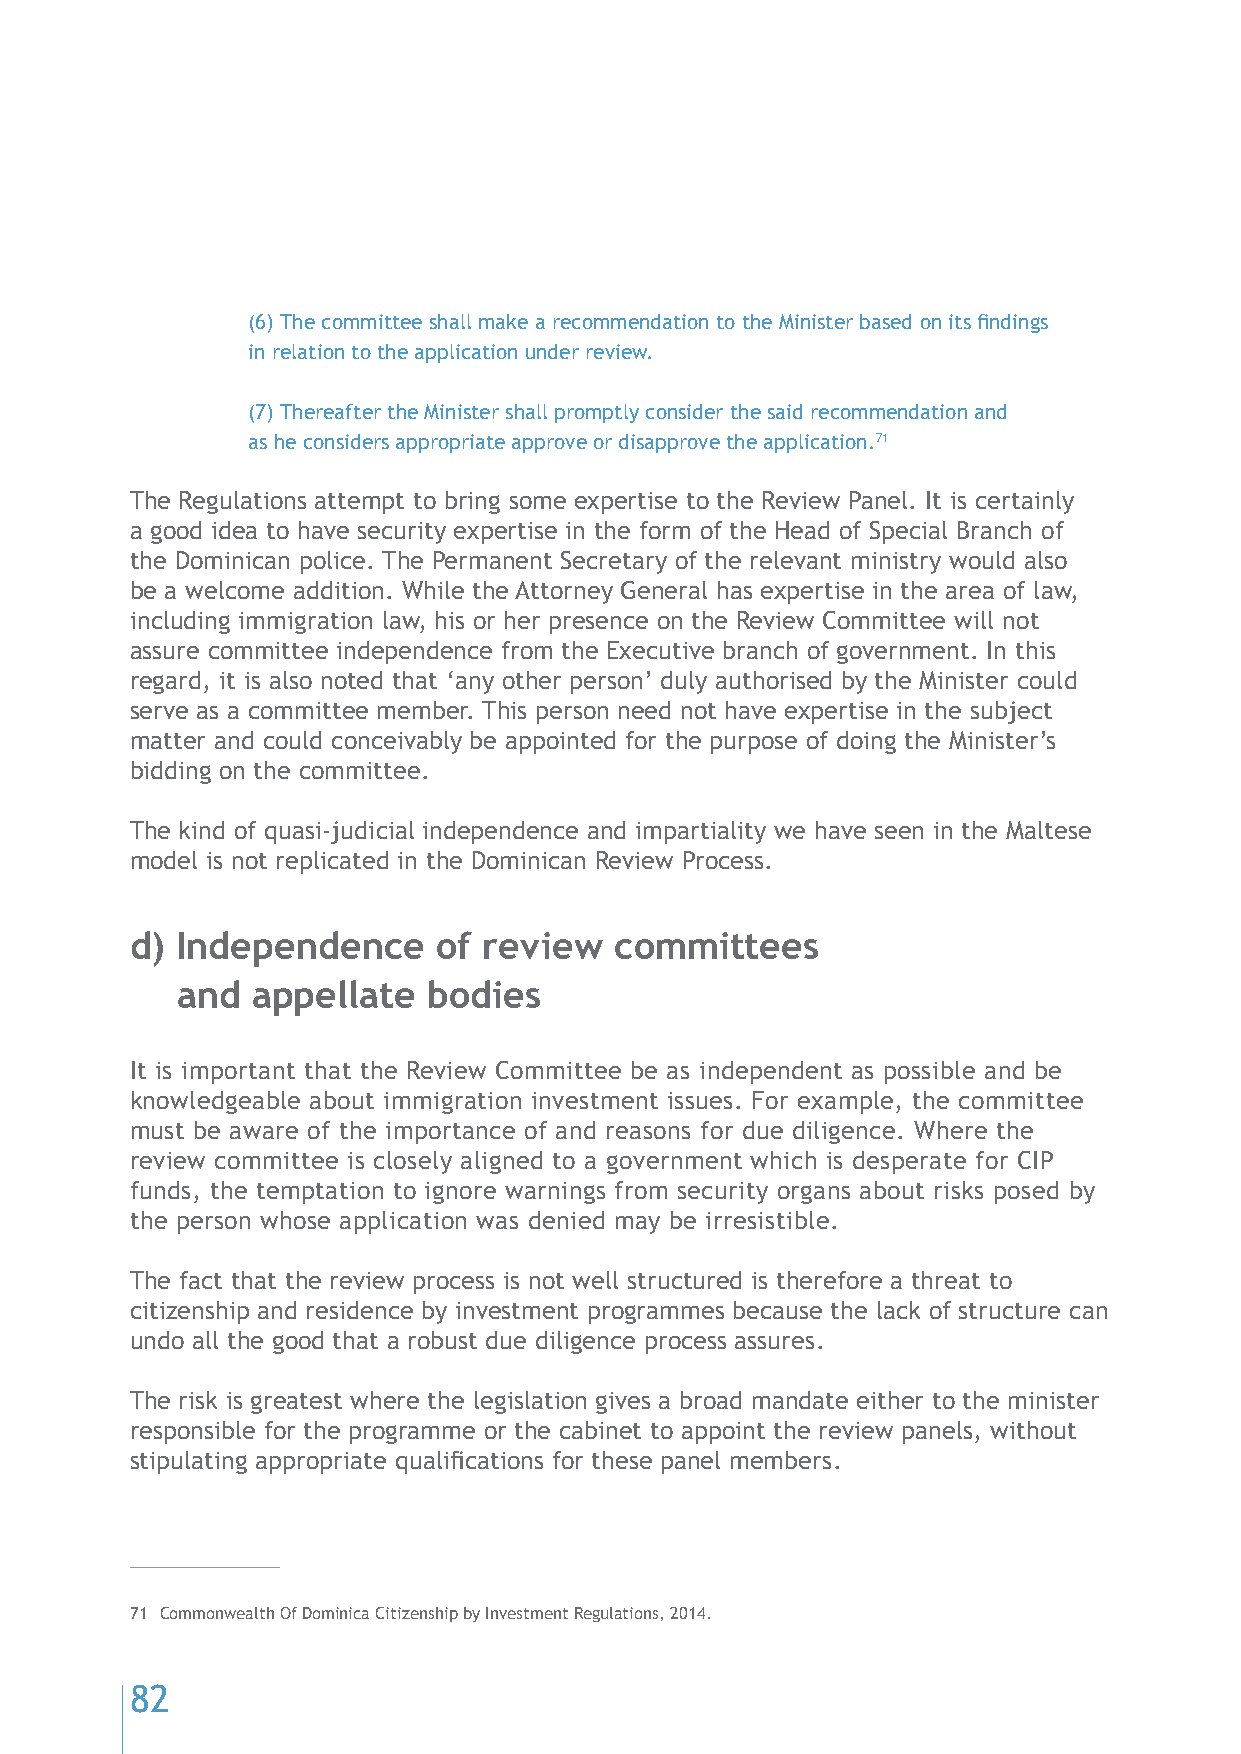
(6) The committee shall make a recommendation to the Minister based on its findings
 in relation to the application under review.
 (7) Thereafter the Minister shall promptly consider the said recommendation and
 as he considers appropriate approve or disapprove the application.71
 The Regulations attempt to bring some expertise to the Review Panel. It is certainly
 a good idea to have security expertise in the form of the Head of Special Branch of
 the Dominican police. The Permanent Secretary of the relevant ministry would also
 be a welcome addition. While the Attorney General has expertise in the area of law,
 including immigration law, his or her presence on the Review Committee will not
 assure committee independence from the Executive branch of government. In this
 regard, it is also noted that ‘any other person’ duly authorised by the Minister could
 serve as a committee member. This person need not have expertise in the subject
 matter and could conceivably be appointed for the purpose of doing the Minister’s
 bidding on the committee.
 The kind of quasi-judicial independence and impartiality we have seen in the Maltese
 model is not replicated in the Dominican Review Process.
 d) Independence     of review   committees
 and  appellate  bodies
 It is important that the Review Committee be as independent as possible and be
 knowledgeable about immigration investment issues. For example, the committee
 must be aware of the importance of and reasons for due diligence. Where the
 review committee is closely aligned to a government which is desperate for CIP
 funds, the temptation to ignore warnings from security organs about risks posed by
 the person whose application was denied may be irresistible.
 The fact that the review process is not well structured is therefore a threat to
 citizenship and residence by investment programmes because the lack of structure can
 undo all the good that a robust due diligence process assures.
 The risk is greatest where the legislation gives a broad mandate either to the minister
 responsible for the programme or the cabinet to appoint the review panels, without
 stipulating appropriate qualifications for these panel members.
 71 Commonwealth Of Dominica Citizenship by Investment Regulations, 2014.
 82